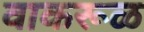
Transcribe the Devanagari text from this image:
वाकरूळ